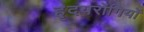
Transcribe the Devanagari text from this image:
हृदयरोगियों